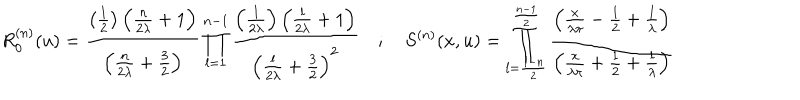
LaTeX: R _ { 0 } ^ { ( n ) } ( u ) = \frac { \left( \frac { 1 } { 2 } \right) \left( \frac { n } { 2 \lambda } + 1 \right) } { \left( \frac { n } { 2 \lambda } + \frac { 3 } { 2 } \right) } \prod _ { l = 1 } ^ { n - 1 } \frac { \left( \frac { l } { 2 \lambda } \right) \left( \frac { l } { 2 \lambda } + 1 \right) } { \left( \frac { l } { 2 \lambda } + \frac { 3 } { 2 } \right) ^ { 2 } } \quad ; \quad S ^ { ( n ) } ( x , u ) = \prod _ { l = \frac { 1 - n } { 2 } } ^ { \frac { n - 1 } { 2 } } \frac { \left( \frac { x } { \lambda \pi } - \frac { 1 } { 2 } + \frac { l } { \lambda } \right) } { \left( \frac { x } { \lambda \pi } + \frac { 1 } { 2 } + \frac { l } { \lambda } \right) }